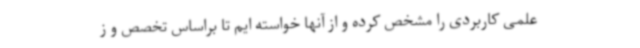
علمی کاربردی را مشخص کرده و از آنها خواسته ایم تا براساس تخصص و ز